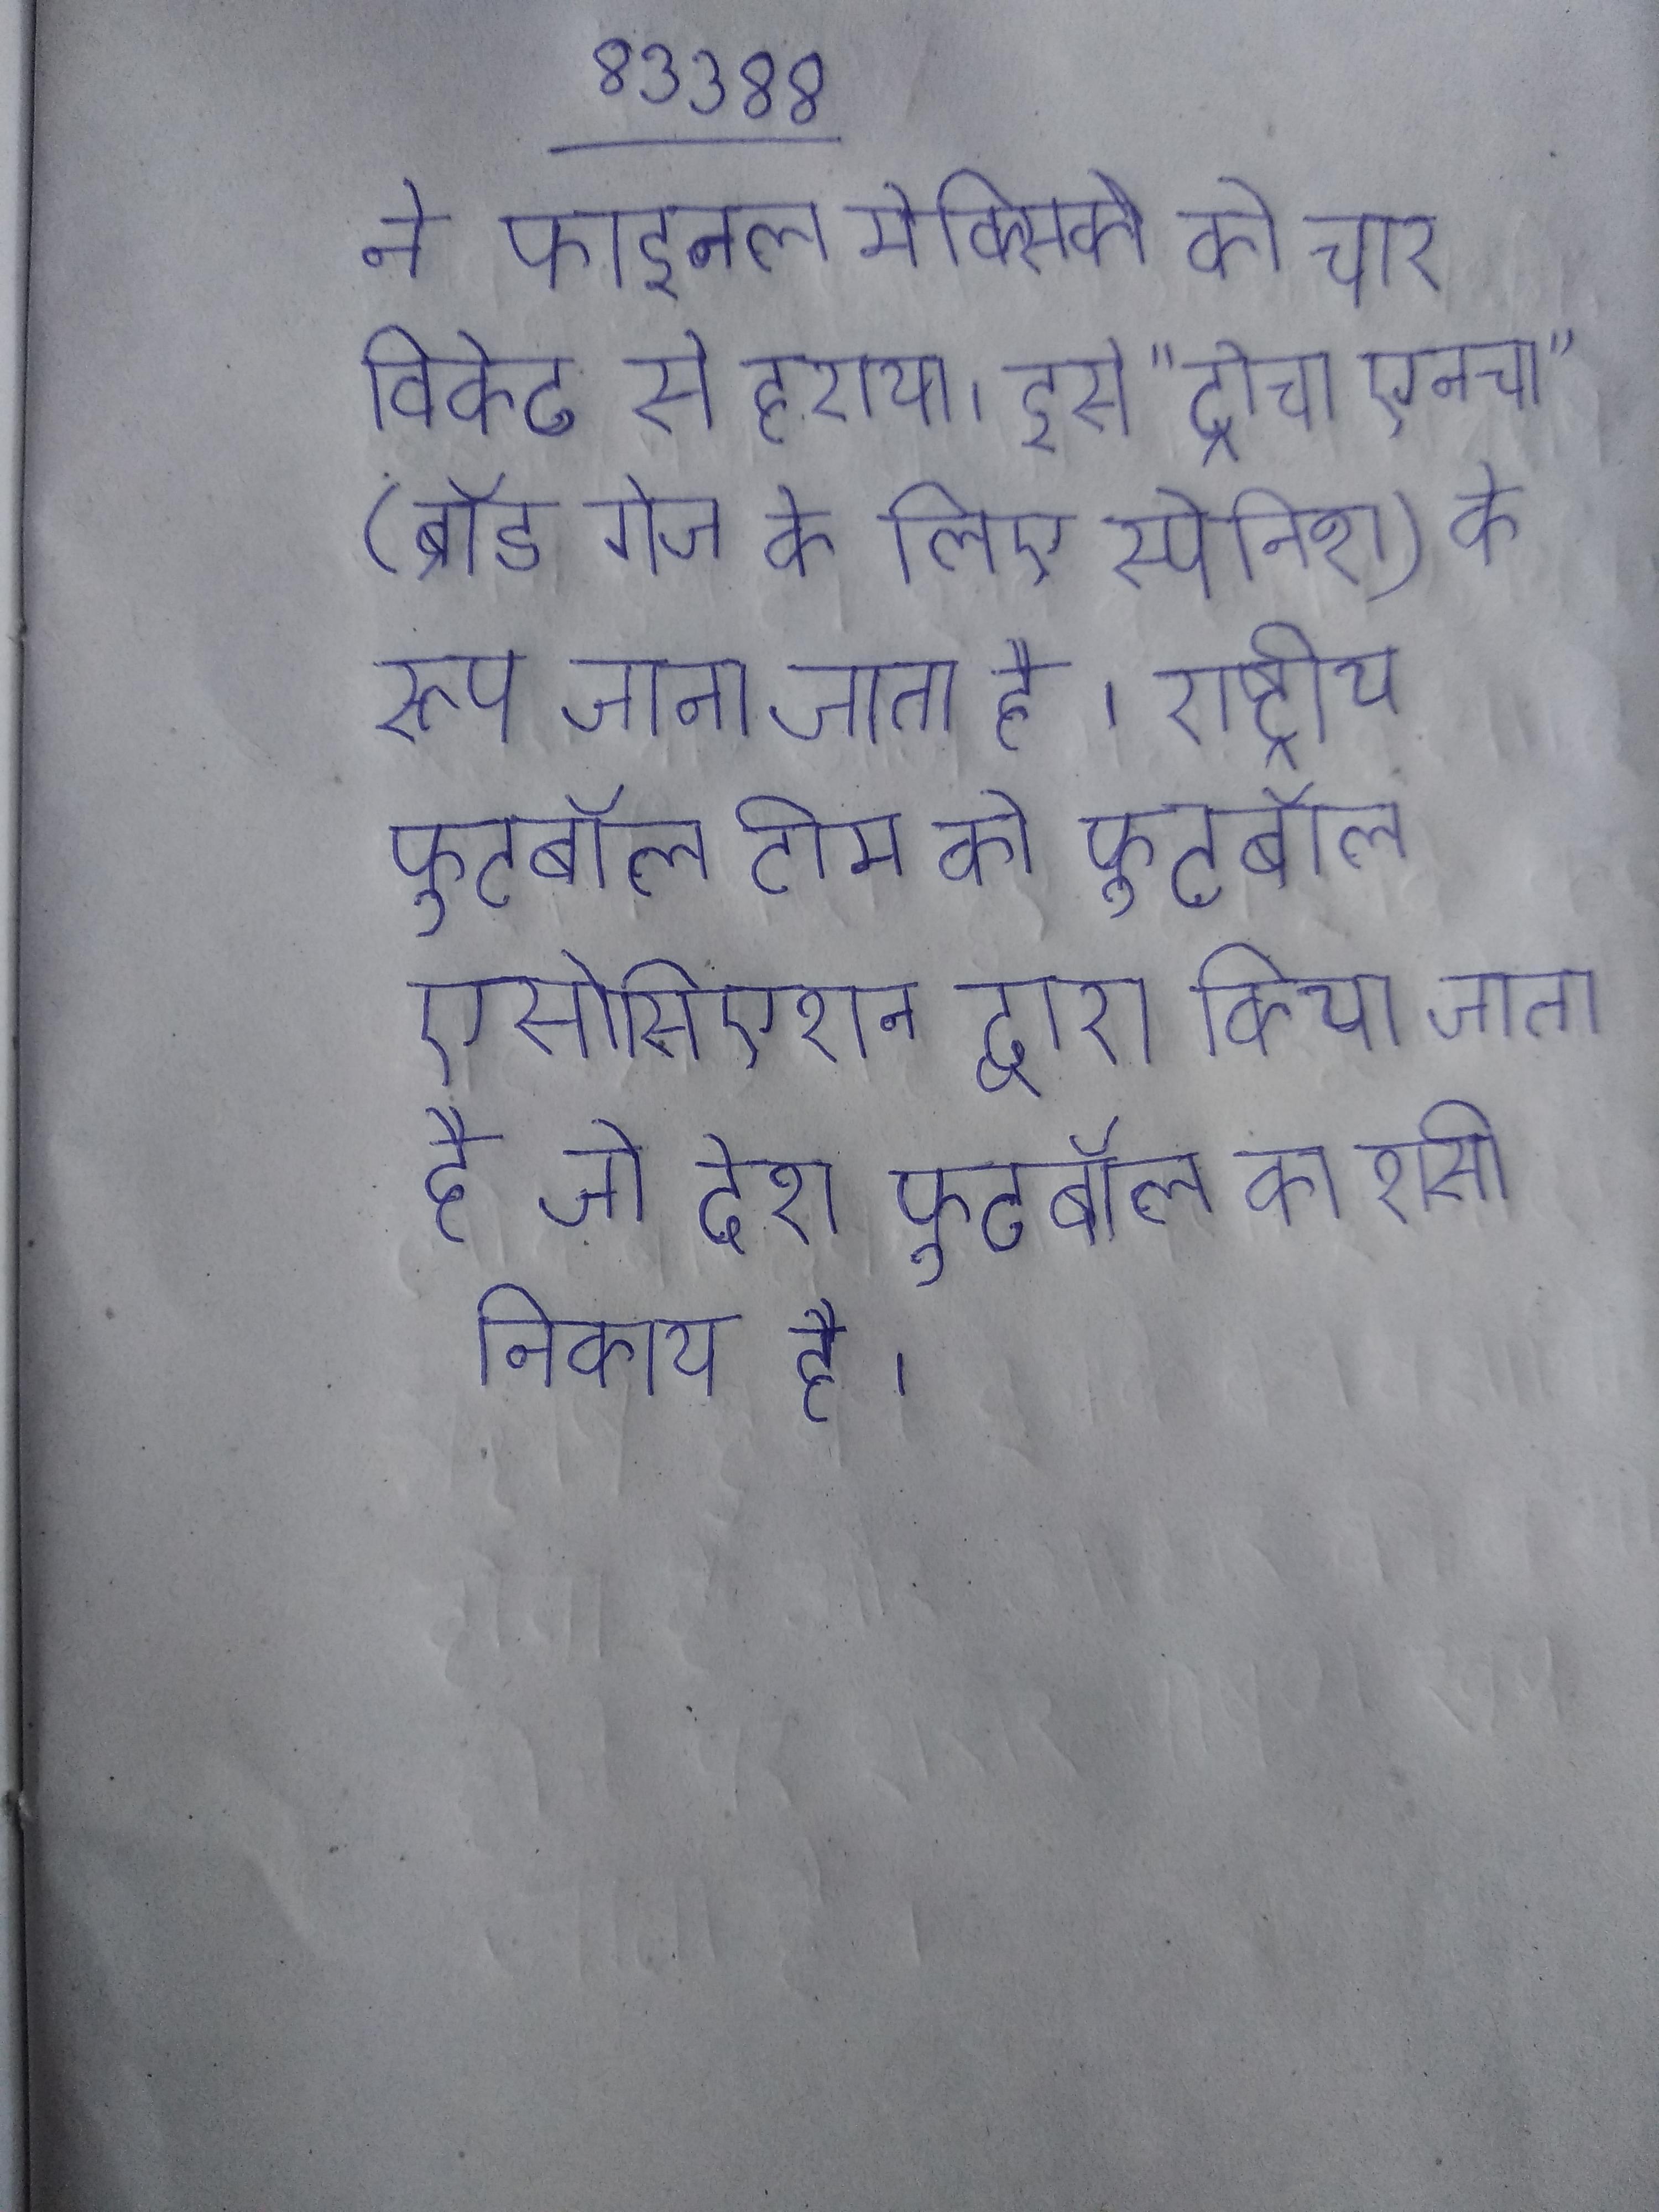
ने फाइनल मेक्सिको को चार विकेट से हराया । इसे "ट्रोचा एनचा" (ब्रॉड गेज के लिए स्पेनिश) के रूप जाना जाता है । राष्ट्रीय फुटबॉल टीम को फुटबॉल एसोसिएशन द्वारा किया जाता है जो देश फुटबॉल का शासी निकाय है ।